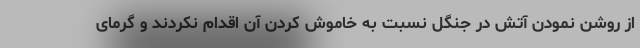
از روشن نمودن آتش در جنگل نسبت به خاموش کردن آن اقدام نکردند و گرمای